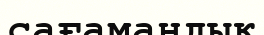
сағамаңдық